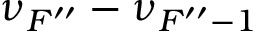
\nu _ { F ^ { \prime \prime } } - \nu _ { F ^ { \prime \prime } - 1 }